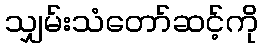
သျှမ်းသံတော်ဆင့်ကို